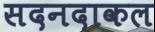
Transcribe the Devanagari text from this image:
सदनदाकल